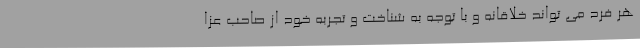
هر فرد می تواند خلاقانه و با توجه به شناخت و تجربه خود از صاحب عزا